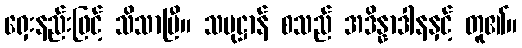
ရှေးနည်းဖြင့် သိသာပြီ။ သမုဋ္ဌာန် စသည် အဒိန္နာဒါနနှင့် တူ၏။